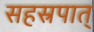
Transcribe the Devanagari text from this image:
सहस्रपात्